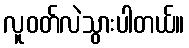
လူဝတ်လဲသွားပါတယ်။